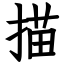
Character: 描